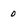
Character: 0